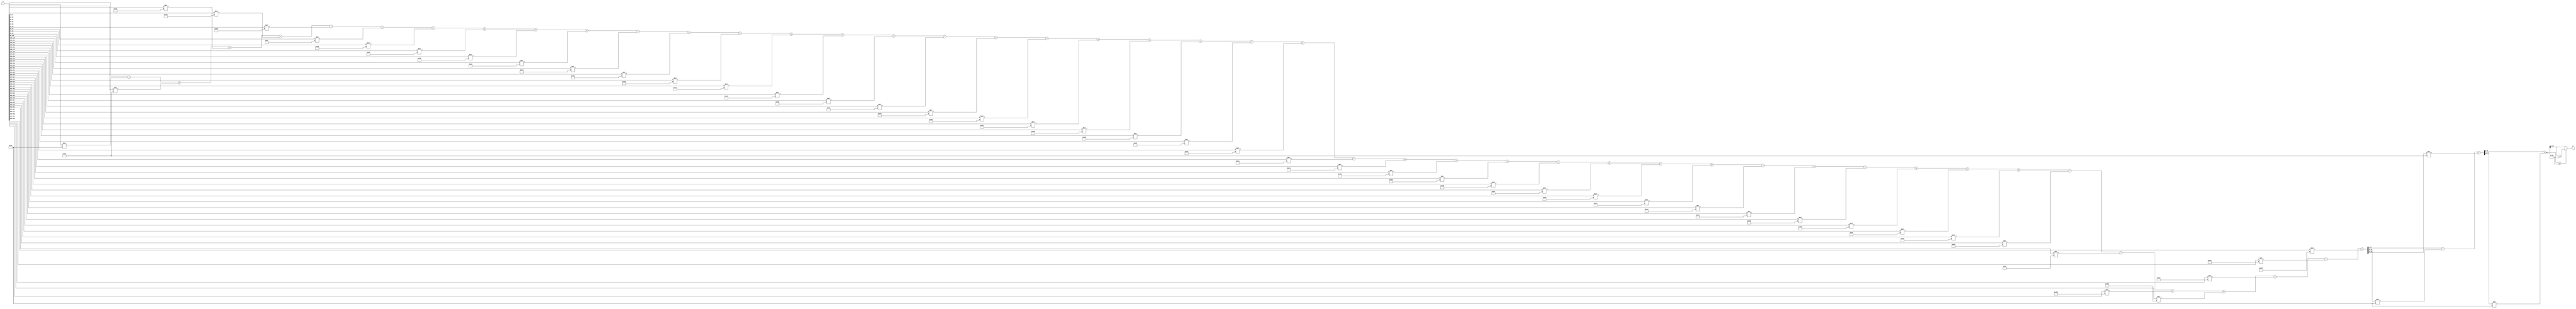
module x_500_mod_2011(
    input [500:1] X,
    output [11:1] R
    );

wire [27:1] R_temp_1;
wire [17:1] R_temp_2;
wire [12:1] R_temp_3;
reg [11:1]  R_temp;

assign R_temp_1 = X [ 11 : 1 ]  + X [ 22 : 12 ] * 6'b100101 + X [ 33 : 23 ] * 11'b10101011001 + 
X [ 44 : 34 ] * 9'b101111010 + X [ 55 : 45 ] * 11'b11110000000 + X [ 66 : 56 ] * 10'b1010001111 + 
X [ 77 : 67 ] * 7'b1100111 + X [ 88 : 78 ] * 11'b11100001000 + X [ 99 : 89 ] * 8'b11101101 + 
X [ 110 : 100 ] * 10'b1011010101 + X [ 121 : 111 ] * 10'b1010101010 + X [ 132 : 122 ] * 11'b10001001110 + 
X [ 143 : 133 ] * 10'b1000101010 + X [ 154 : 144 ] * 9'b110000100 + X [ 165 : 155 ] * 9'b100010111 + 
X [ 176 : 166 ] * 9'b100001100 + X [ 187 : 177 ] * 11'b11101010000 + X [ 198 : 188 ] * 10'b1101111010 + 
X [ 209 : 199 ] * 10'b1011110010 + X [ 220 : 210 ] * 11'b11011011011 + X [ 231 : 221 ] * 10'b1001000111 + 
X [ 242 : 232 ] * 11'b10110110101 + X [ 253 : 243 ] * 11'b11011101011 + X [ 264 : 254 ] * 11'b10010010111 + 
X [ 275 : 265 ] * 11'b10011011100 + X [ 286 : 276 ] * 11'b11011111010 + X [ 297 : 287 ] * 11'b11011000010 + 
X [ 308 : 298 ] * 11'b11010000101 + X [ 319 : 309 ] * 11'b10110001111 + X [ 330 : 320 ] * 9'b101101101 + 
X [ 341 : 331 ] * 11'b10110011111 + X [ 352 : 342 ] * 10'b1110111101 + X [ 363 : 353 ] * 11'b10011000110 + 
X [ 374 : 364 ] * 10'b1111001100 + X [ 385 : 375 ] * 11'b11011110001 + X [ 396 : 386 ] * 11'b10101110101 + 
X [ 407 : 397 ] * 11'b10110000110 + X [ 418 : 408 ] * 6'b100000 + X [ 429 : 419 ] * 11'b10010100000 + 
X [ 440 : 430 ] * 11'b11000101001 + X [ 451 : 441 ] * 5'b11110 + X [ 462 : 452 ] * 11'b10001010110 + 
X [ 473 : 463 ] * 10'b1101010010 + X [ 484 : 474 ] * 11'b10100000101 + X [ 495 : 485 ] * 11'b10100001100 + 
X [ 500 : 496 ] * 11'b11000001111 ;

assign R_temp_2 = R_temp_1 [ 11 : 1 ]  + R_temp_1 [ 22 : 12 ] * 6'b100101 + 
R_temp_1 [ 27 : 23 ] * 11'b10101011001 ;

assign R_temp_3 = R_temp_2 [ 11 : 1 ]  + R_temp_2 [ 17 : 12 ] * 6'b100101 ;

always @(R_temp_3)
begin
  if (R_temp_3 >= 11'b11111011011)
    R_temp <= R_temp_3 - 11'b11111011011;
  else
    R_temp <= R_temp_3;
end

assign R = R_temp;

endmodule